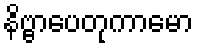
နိဗ္ဗာပေတုကာမော